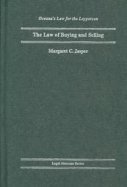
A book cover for The Law of Buying and Selling (Oceana's Legal Almanac Series  Law for the Layperson); Margaret C Jasper; Engineering & Transportation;